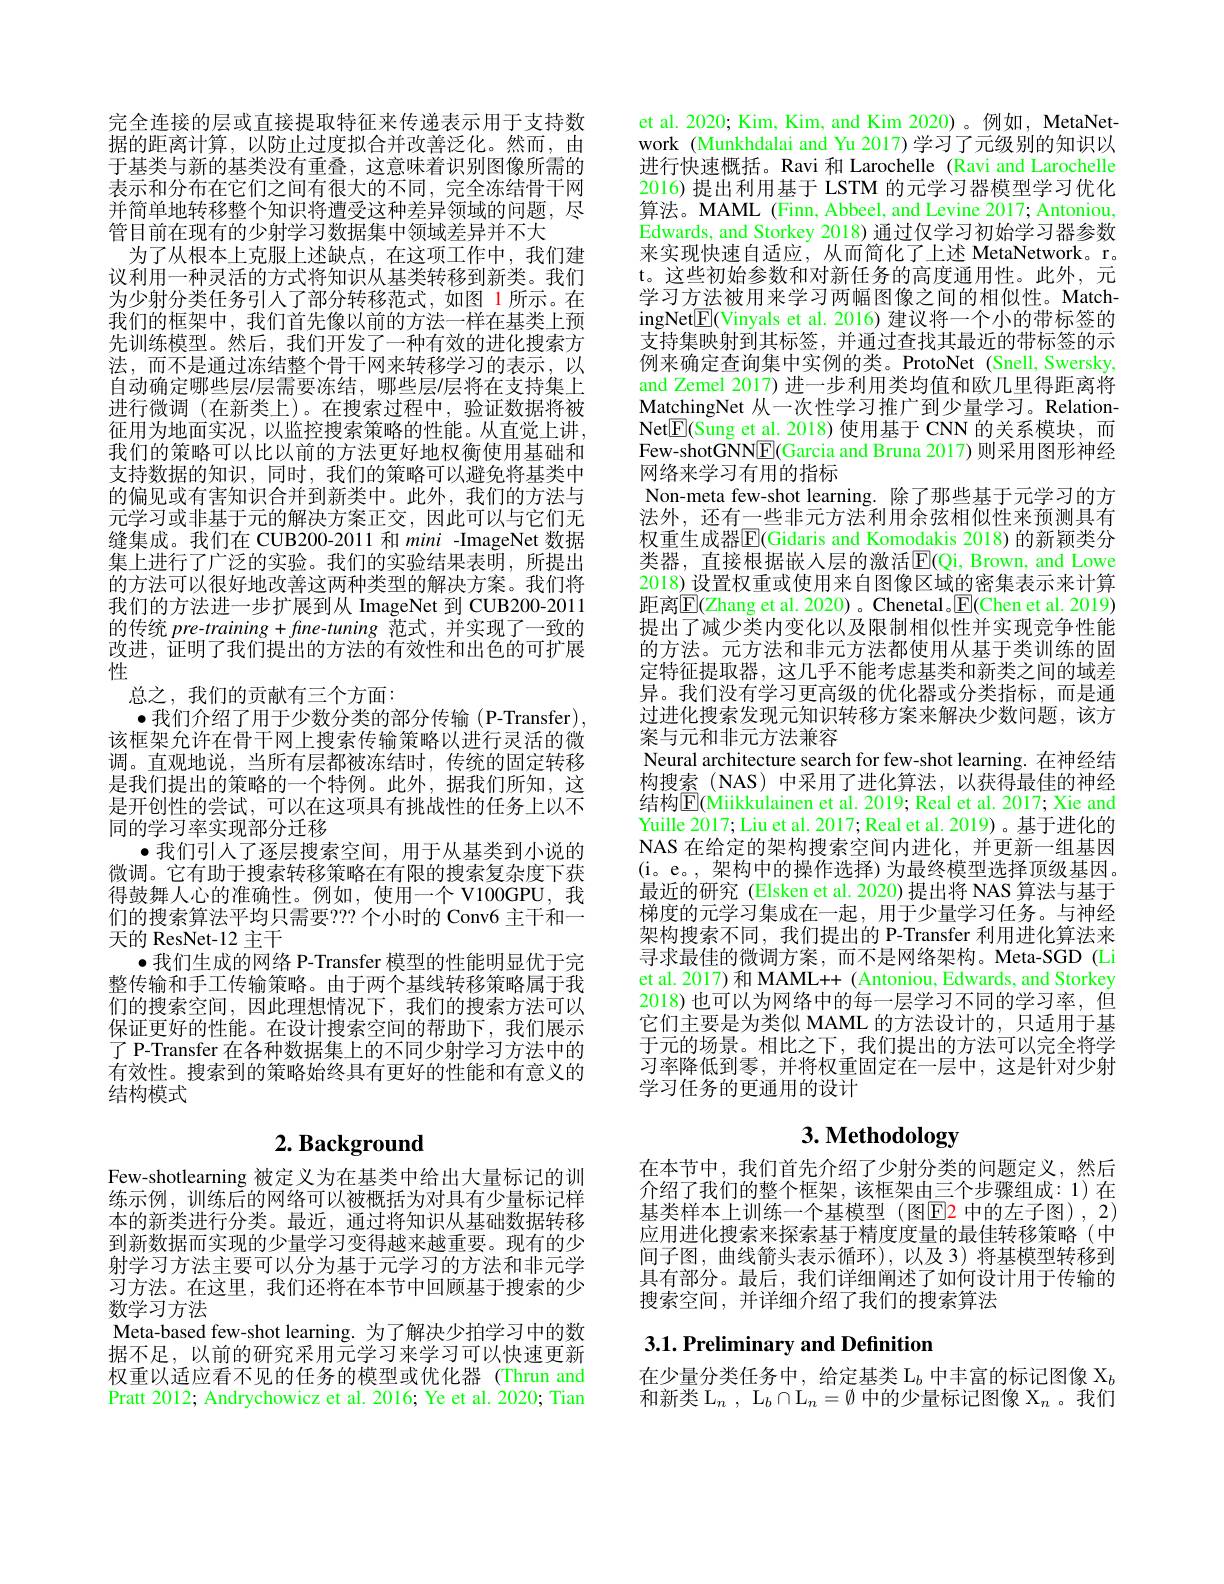
完全连接的层或直接提取特征来传递表示用于支持数据的距离计算，以防止过度拟合并改善泛化。然而，由于基类与新的基类没有重叠，这意味着识别图像所需的表示和分布在它们之间有很大的不同，完全冻结骨干网并简单地转移整个知识将遭受这种差异领域的问题，尽管目前在现有的少射学习数据集中领域差异并不大
为了从根本上克服上述缺点，在这项工作中，我们建议利用一种灵活的方式将知识从基类转移到新类。我们为少射分类任务引人了部分转移范式，如图 1所示。在我们的框架中，我们首先像以前的方法一样在基类上预先训练模型。然后，我们开发了一种有效的进化搜索方法，而不是通过冻结整个骨干网来转移学习的表示，以自动确定哪些层/层需要冻结，哪些层/层将在支持集上进行微调(在新类上)。在搜索过程中，验证数据将被征用为地面实况，以监控搜索策略的性能。从直觉上讲， 我们的策略可以比以前的方法更好地权衡使用基础和支持数据的知识，同时，我们的策略可以避免将基类中的偏见或有害知识合并到新类中。此外，我们的方法与元学习或非基于元的解决方案正交，因此可以与它们无缝集成。我们在 CUB200-2011 和 mini -ImageNet 数据集上进行了广泛的实验。我们的实验结果表明，所提出的方法可以很好地改善这两种类型的解决方案。我们将我们的方法进一步扩展到从 ImageNet 到 CUB200-2011的传统$pre-training+fine-tuning$范式，并实现了一致的改进，证明了我们提出的方法的有效性和出色的可扩展性
总之，我们的贡献有三个方面：
$\bullet$我们介绍了用于少数分类的部分传输(P-Transfer), 该框架允许在骨干网上搜索传输策略以进行灵活的微调。直观地说，当所有层都被冻结时，传统的固定转移是我们提出的策略的一个特例。此外，据我们所知，这是开创性的尝试，可以在这项具有挑战性的任务上以不同的学习率实现部分迁移
$\bullet$我们引人了逐层搜索空间，用于从基类到小说的微调。它有助于搜索转移策略在有限的搜索复杂度下获得鼓舞人心的准确性。例如，使用一个 V100GPU, 我们的搜索算法平均只需要？? 个小时的 Conv6 主干和一天的 ResNet-12 主干
$\bullet$我们生成的网络 P-Transfer 模型的性能明显优于完整传输和手工传输策略。由于两个基线转移策略属于我们的搜索空间，因此理想情况下，我们的搜索方法可以保证更好的性能。在设计搜索空间的帮助下，我们展示了 P-Transfer 在各种数据集上的不同少射学习方法中的有效性。搜索到的策略始终具有更好的性能和有意义的结构模式

# $2. \textbf{ Background}$

Few-shotlearning 被定义为在基类中给出大量标记的训练示例，训练后的网络可以被概括为对具有少量标记样本的新类进行分类。最近，通过将知识从基础数据转移到新数据而实现的少量学习变得越来越重要。现有的少射学习方法主要可以分为基于元学习的方法和非元学习方法。在这里，我们还将在本节中回顾基于搜索的少数学习方法
Meta-based few-shot learning. 为了解决少拍学习中的数据不足，以前的研究采用元学习来学习可以快速更新权重以适应看不见的任务的模型或优化器 (Thrun and Pratt 2012; Andrychowicz et al. 2016; Ye et al. 2020; Tian

et al. 2020; Kim, Kim, and Kim 2020)。例如，MetaNetwork (Munkhdalai and Yu 2017)学习了元级别的知识以进行快速概括。Ravi 和 Larochelle (Ravi and Larochelle 2016) 提出利用基于 LSTM 的元学习器模型学习优化算法。MAML (Finn, Abbeel, and Levine 2017; Antoniou, Edwards, and Storkey 2018) 通过仅学习初始学习器参数来实现快速自适应，从而简化了上述 MetaNetwork。r. t。这些初始参数和对新任务的高度通用性。此外，元学习方法被用来学习两幅图像之间的相似性。MatchingNet$\boxed{\mathrm{F}}($Vinyals et al. 2016) 建议将一个小的带标签的支持集映射到其标签，并通过查找其最近的带标签的示例来确定查询集中实例的类。ProtoNet (Snell, Swersky, and Zemel 2017) 进一步利用类均值和欧几里得距离将MatchingNet 从一次性学习推广到少量学习。RelationNet$\boxed{\mathrm{E}}($Sung et al. 2018)使用基于 CNN 的关系模块，而Few-shotGNN$\underline{\mathrm{E}}($Garcia and Bruna 2017) 则采用图形神经网络来学习有用的指标
Non-meta few-shot learning. 除了那些基于元学习的方法外，还有一些非元方法利用余弦相似性来预测具有权重生成器$\overline{\mathrm{E}}($Gidaris and Komodakis 2018)的新颖类分类器，直接根据嵌入层的激活$\overline{\mathrm{E}}($Qi, Brown, and Lowe 2018) 设置权重或使用来自图像区域的密集表示来计算距离$\overline{\mathbb{E}}($Zhang et al. 2020) 。Chenetal 。$\underline{\mathbb{F}}($Chen et al. 2019) 提出了减少类内变化以及限制相似性并实现竞争性能的方法。元方法和非元方法都使用从基于类训练的固定特征提取器，这几乎不能考虑基类和新类之间的域差异。我们没有学习更高级的优化器或分类指标，而是通过进化搜索发现元知识转移方案来解决少数问题，该方案与元和非元方法兼容
Neural architecture search for few-shot learning. 在神经结构搜索 (NAS) 中采用了进化算法，以获得最佳的神经结构$\underline{\mathrm{E}}($Miikkulainen et al. 2019; Real et al. 2017; Xie and Yuille 2017; Liu et al. 2017; Real et al. 2019) 。基于进化的NAS 在给定的架构搜索空间内进化，并更新一组基因(i。e。,架构中的操作选择)为最终模型选择顶级基因。最近的研究 (Elsken et al. 2020) 提出将 NAS 算法与基于梯度的元学习集成在一起，用于少量学习任务。与神经架构搜索不同，我们提出的 P-Transfer 利用进化算法来寻求最佳的微调方案，而不是网络架构。Meta-SGD (Li et al. 2017) 和 MAML++ ( Antoniou, Edwards, and Storkey 2018) 也可以为网络中的每一层学习不同的学习率，但它们主要是为类似 MAML 的方法设计的，只适用于基于元的场景。相比之下，我们提出的方法可以完全将学习率降低到零，并将权重固定在一层中，这是针对少射学习任务的更通用的设计

# 3. Methodology

在本节中，我们首先介绍了少射分类的问题定义，然后介绍了我们的整个框架，该框架由三个步骤组成：1)在基类样本上训练一个基模型(图E2 中的左子图),2) 应用进化搜索来探索基于精度度量的最佳转移策略(中间子图，曲线箭头表示循环),以及3)将基模型转移到具有部分。最后，我们详细阐述了如何设计用于传输的搜索空间，并详细介绍了我们的搜索算法

# 3.1. Preliminary and Definition

在少量分类任务中，给定基类$\mathcal{L}_b$中丰富的标记图像$\mathcal{X}_b$ 和新类 L$_n$, $\mathcal{L}_b\cap\mathcal{L}_n=\emptyset$中的少量标记图像$\mathcal{X}_n$。我们